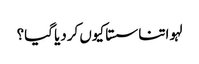
لہو اتنا سستا کیوں کردیا گیا؟